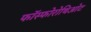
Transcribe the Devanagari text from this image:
फॉस्फोरोथिओट